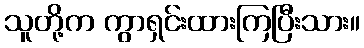
သူတို့က ကွာရှင်းထားကြပြီးသား။